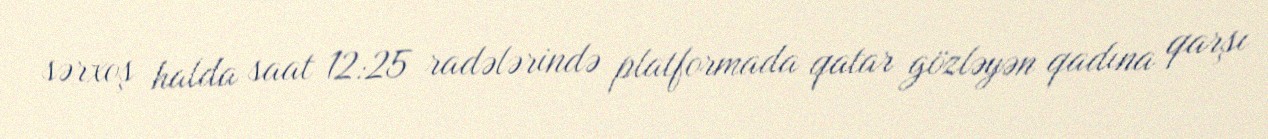
sərxoş halda saat 12:25 radələrində platformada qatar gözləyən qadına qarşı